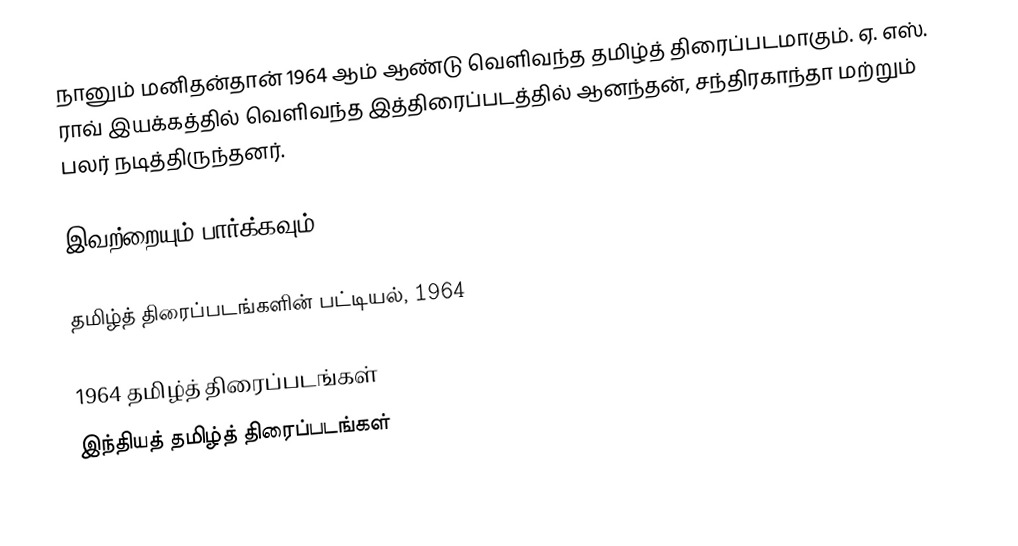
நானும் மனிதன்தான் 1964 ஆம் ஆண்டு வெளிவந்த தமிழ்த் திரைப்படமாகும். ஏ. எஸ். ராவ் இயக்கத்தில் வெளிவந்த இத்திரைப்படத்தில் ஆனந்தன், சந்திரகாந்தா மற்றும் பலர் நடித்திருந்தனர்.

இவற்றையும் பார்க்கவும்

 தமிழ்த் திரைப்படங்களின் பட்டியல், 1964

1964 தமிழ்த் திரைப்படங்கள்
இந்தியத் தமிழ்த் திரைப்படங்கள்